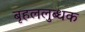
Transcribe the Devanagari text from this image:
बृहललुब्धक